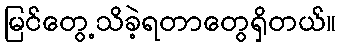
မြင်တွေ့သိခဲ့ရတာတွေရှိတယ်။